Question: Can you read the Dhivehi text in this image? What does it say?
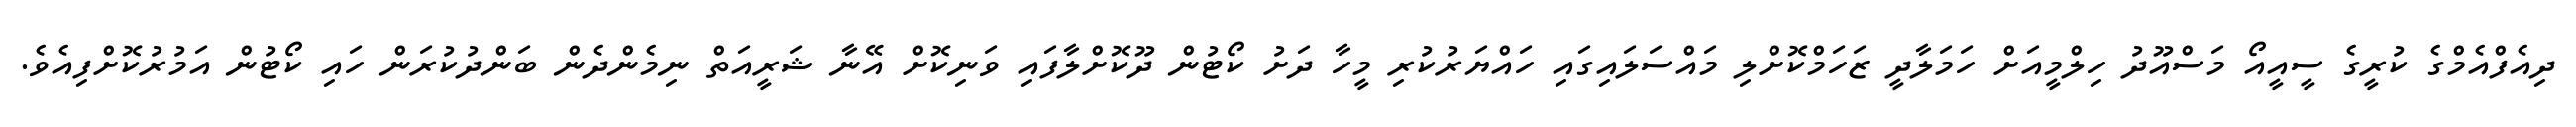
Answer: ދިއެފްއެމްގެ ކުރީގެ ސީއީއޯ މަސްއޫދު ހިލްމީއަށް ހަމަލާދީ ޒަހަމްކޮށްލި މައްސަލައިގައި ހައްޔަރުކުރި މީހާ ދަށު ކޯޓުން ދޫކޮށްލާފައި ވަނިކޮށް އޭނާ ޝަރީއަތް ނިމެންދެން ބަންދުކުރަން ހައި ކޯޓުން އަމުރުކޮށްފިއެވެ.